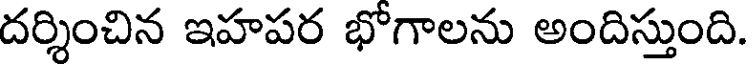
దర్శించిన ఇహపర భోగాలను అందిస్తుంది.